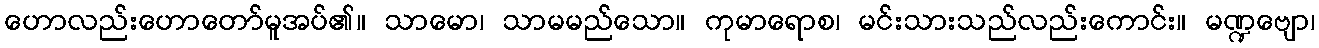
ဟောလည်းဟောတော်မူအပ်၏။ သာမော၊ သာမမည်သော။ ကုမာရောစ၊ မင်းသားသည်လည်းကောင်း။ မဏ္ဍဗျော၊